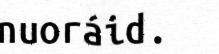
nuoráid.